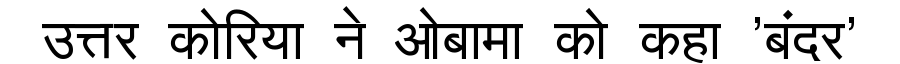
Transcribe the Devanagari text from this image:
उत्तर कोरिया ने ओबामा को कहा 'बंदर'